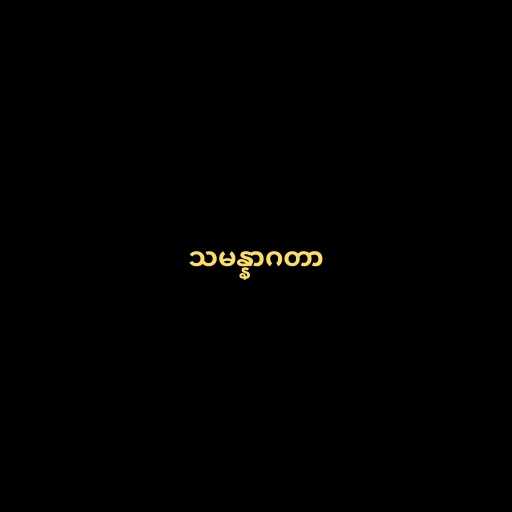
သမန္နာဂတာ